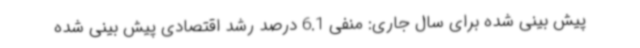
پیش بینی شده برای سال جاری: منفی 6.1 درصد رشد اقتصادی پیش بینی شده